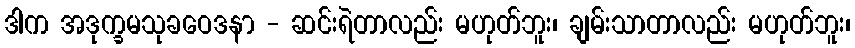
ဒါက အဒုက္ခမသုခဝေဒနာ - ဆင်းရဲတာလည်း မဟုတ်ဘူး၊ ချမ်းသာတာလည်း မဟုတ်ဘူး၊